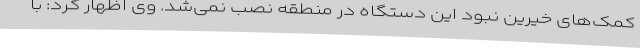
کمک‌های خیرین نبود این دستگاه در منطقه نصب نمی‌شد. وی اظهار کرد: با